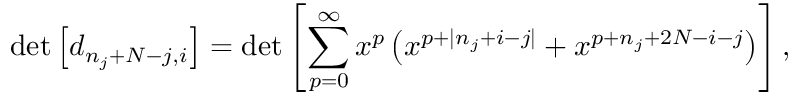
\operatorname * { d e t } \left[ d _ { n _ { j } + N - j , i } \right] = \operatorname * { d e t } \left[ \sum _ { p = 0 } ^ { \infty } x ^ { p } \left( x ^ { p + | n _ { j } + i - j | } + x ^ { p + n _ { j } + 2 N - i - j } \right) \right] ,